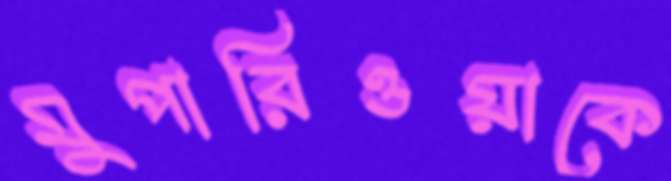
মুপারিওয়াকে